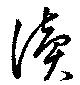
読